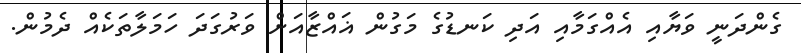
ގެންދަނީ ވަޔާއި އެއްގަމާއި އަދި ކަނޑުގެ މަގުން ޣައްޒާއަށް ވަރުގަދަ ހަމަލާތަކެއް ދެމުން.